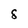
Character: 8